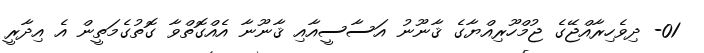
01- ދިވެހިރާއްޖޭގެ ޖުމްހޫރިއްޔާގެ ޤާނޫނު އަސާސީއާއި ޤާނޫނާ އެއްގޮތްވާ ގޮތުގެމަތީން އެ އިދާރީ